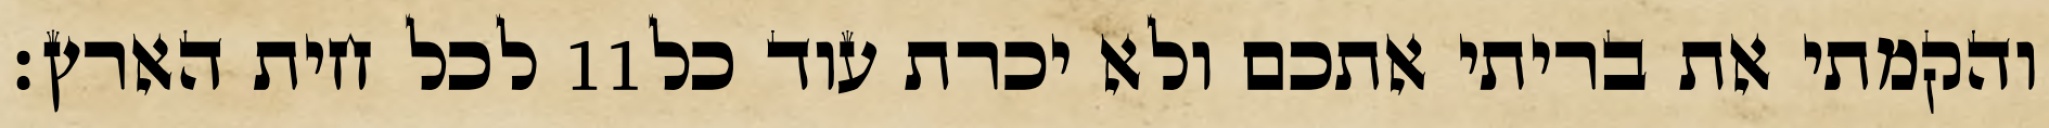
לכל חית הארץ׃ ‎11‏ והקמתי את בריתי אתכם ולא יכרת עוד כל